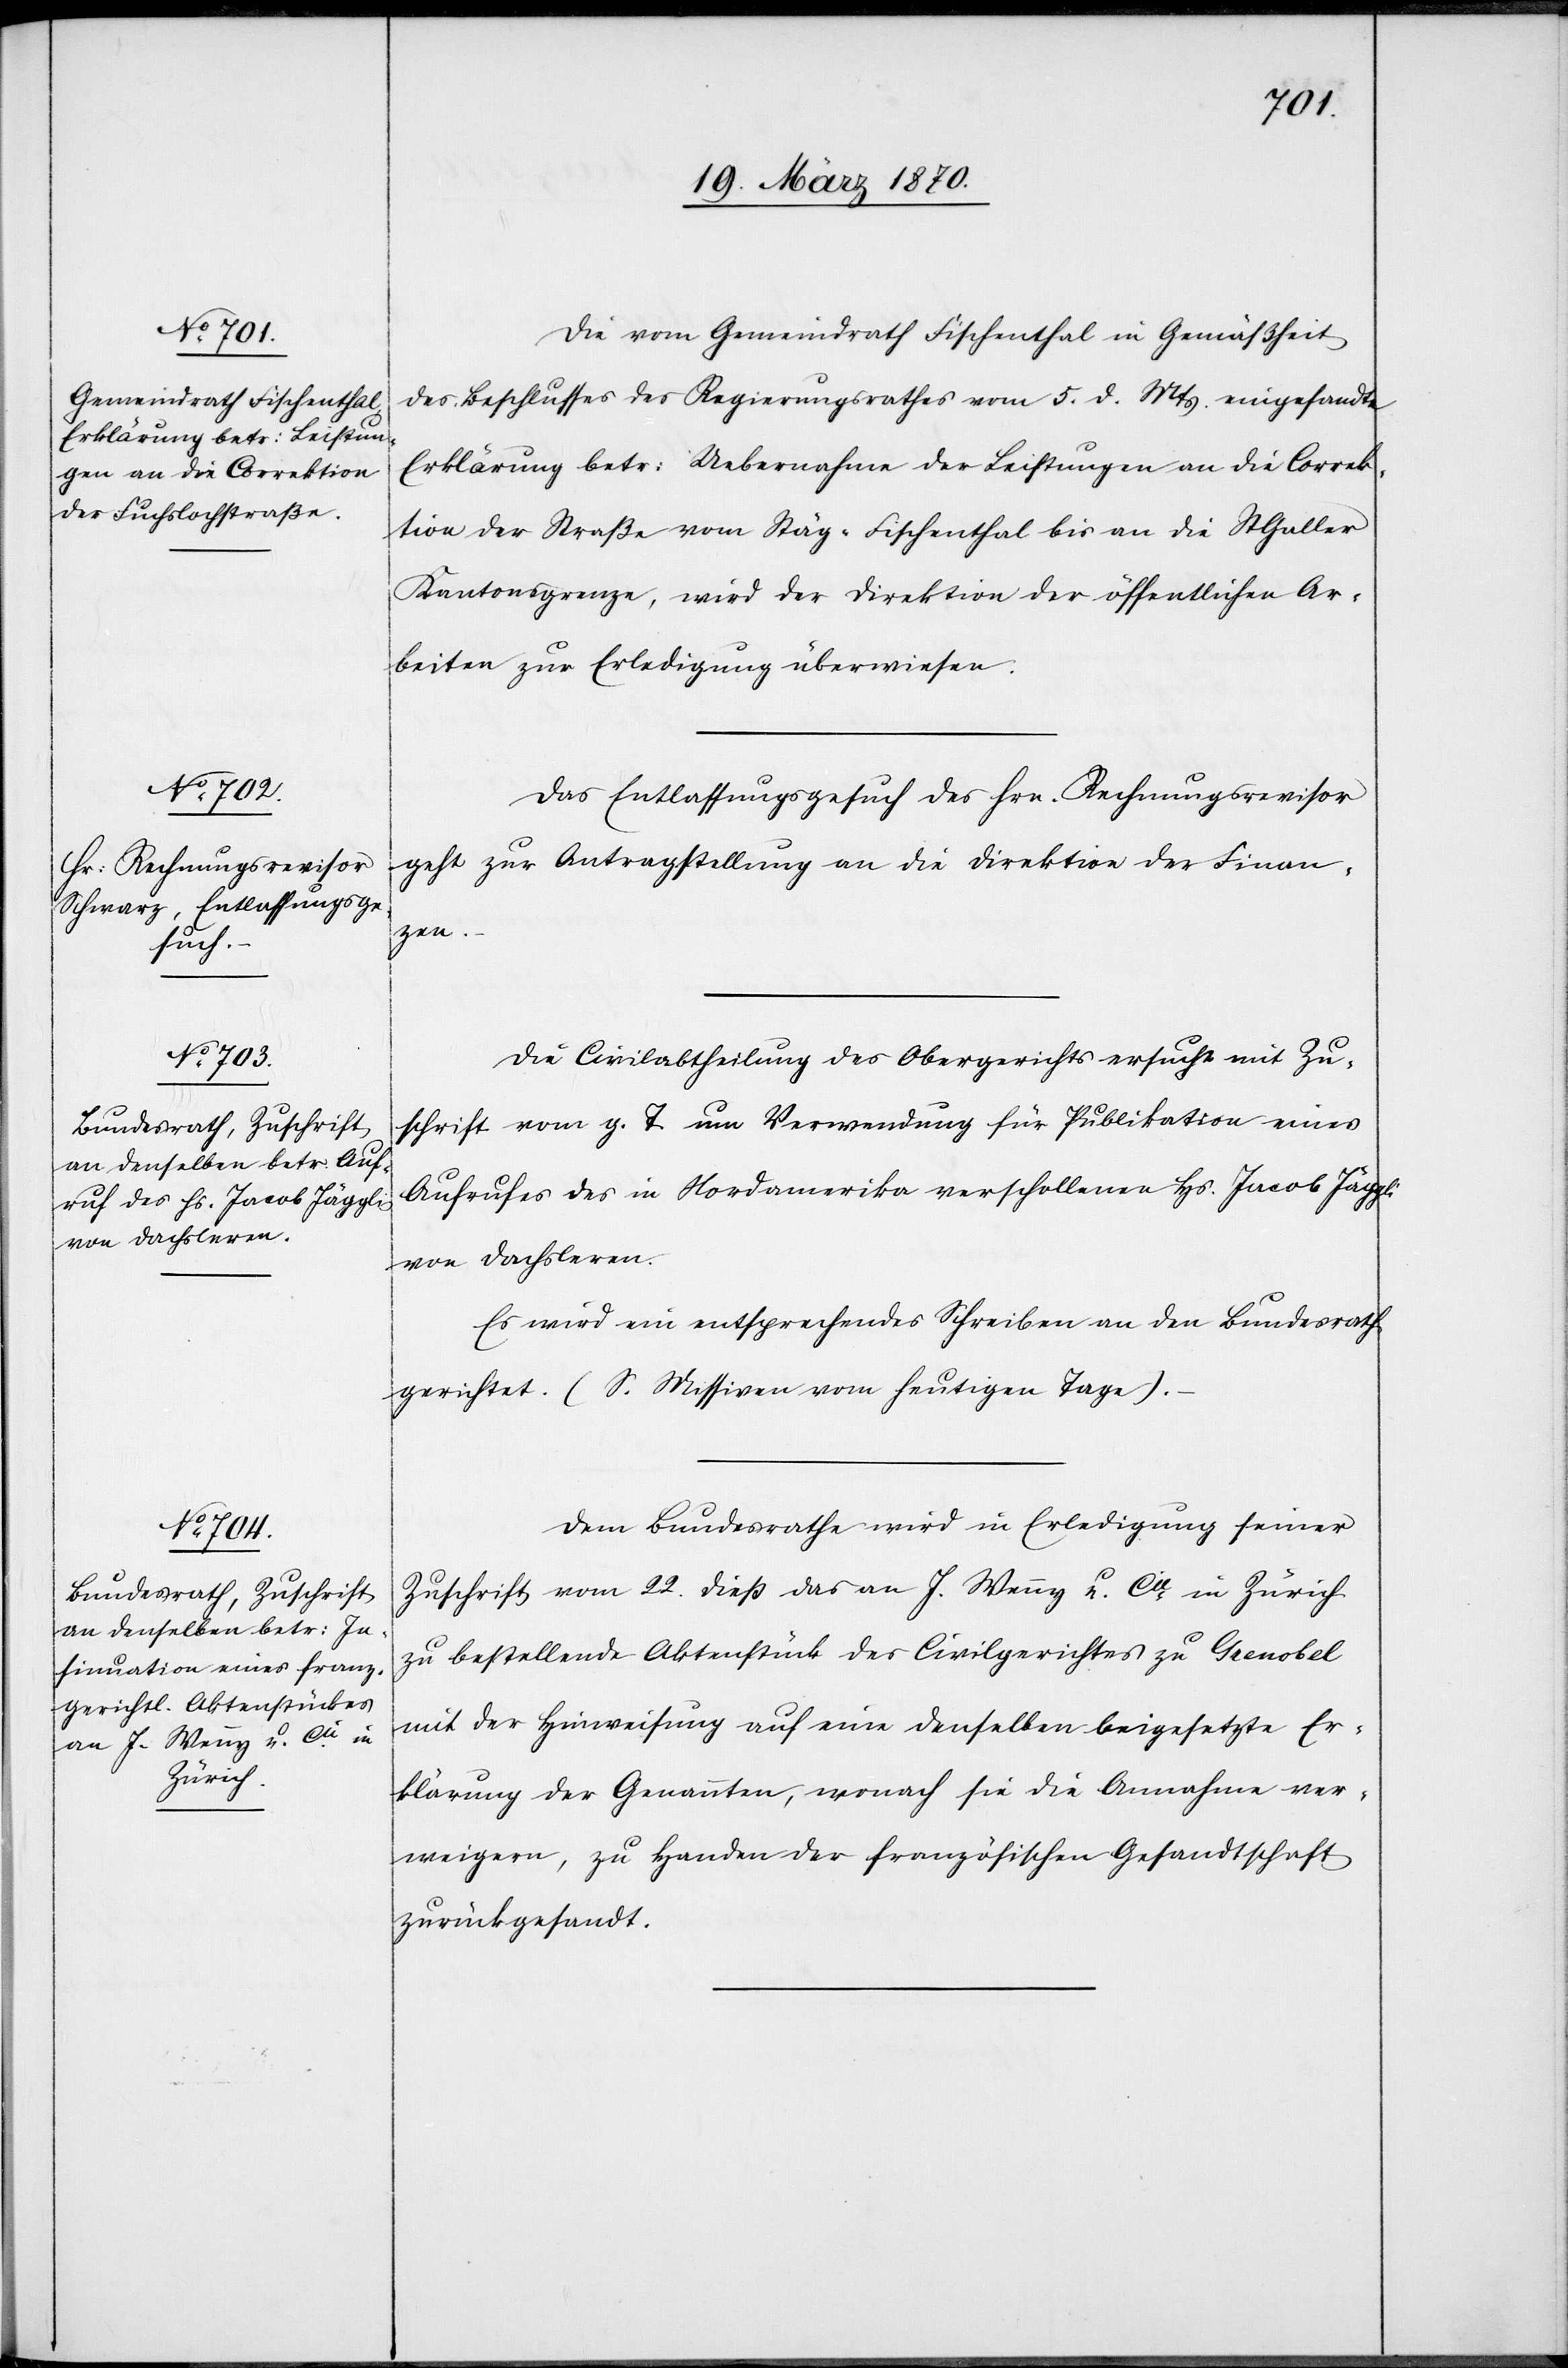
24. März 1870.]
Die vom Gemeindrath Fischenthal in Gemäßheit
des Beschlusses des Regierungsrathes vom 5. d. Mts. eingesandte
Erklärung betr: Uebernahme der Leistungen an die Correk¬
tion der Straße vom Stäg-Fischenthal bis an die St Galler
Kantonsgrenze, wird der Direktion der öffentlichen Ar¬
beiten zur Erledigung überwiesen.
Das Entlassungsgesuch des Hrn. Rechnungsrevisor
geht zur Antragstellung an die Direktion der Finan¬
zen.
Die Civilabtheilung des Obergerichts ersucht mit Zu¬
schrift vom g. T. um Verwendung für Publikation eines
Aufrufes des in Nordamerika verschollenen Hs. Jacob Jäggli
von Dachsleren.
Es wird ein entsprechendes Schreiben an den Bundesrath
gerichtet. (S. Missiven vom heutigen Tage).
Dem Bundesrathe wird in Erledigung seiner
Zuschrift vom 22. dieß das an J. Wennz u. Cie in Zürich
zu bestellende Aktenstück des Civilgerichtes zu Grenobel
mit der Hinweisung auf eine denselben [sic!] beigesetzte Er¬
klärung der Genannten, wonach sie die Annahme ver¬
weigern, zu Handen der französischen Gesandtschaft
zurückgesandt.